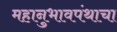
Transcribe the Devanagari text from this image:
महानुभावपंथाचा